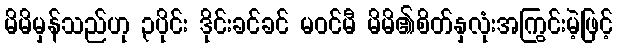
မိမိမှန်သည်ဟု ၃ပိုင်း ဒိုင်းခင်ခင် မဝင်မီ မိမိ၏စိတ်နှလုံးအကြွင်းမဲ့ဖြင့်